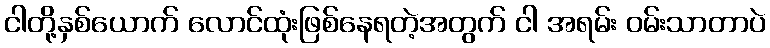
ငါတို့နှစ်ယောက် လောင်ထုံးဖြစ်နေရတဲ့အတွက် ငါ အရမ်း ဝမ်းသာတာပဲ